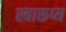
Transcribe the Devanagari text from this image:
स्वारूप्य